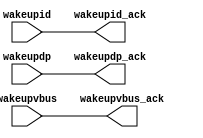
module cdnsusbhs_wudetutmi
  (



  wakeupid,
  wakeupid_ack,

  wakeupdp,
  wakeupdp_ack,

  wakeupvbus,
  wakeupvbus_ack
  );




  input                                wakeupid;
  output                               wakeupid_ack;
  wire                                 wakeupid_ack;

  input                                wakeupdp;
  output                               wakeupdp_ack;
  wire                                 wakeupdp_ack;

  input                                wakeupvbus;
  output                               wakeupvbus_ack;
  wire                                 wakeupvbus_ack;



  assign wakeupid_ack   = wakeupid;



  assign wakeupdp_ack   = wakeupdp;



  assign wakeupvbus_ack = wakeupvbus;

endmodule